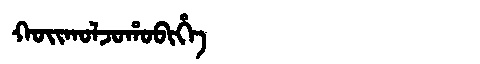
Manchu: ᡴᠣᡳᡴᠣᠯᠵᠣᡥᠣᠪᡳᡥᡝ
Romanization: KOIKOLJOHOBIHE